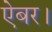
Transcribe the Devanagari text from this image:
ऐबर।